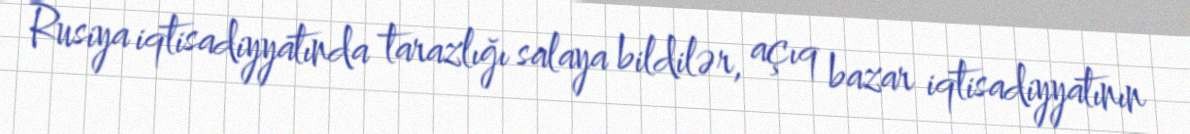
Rusiya iqtisadiyyatında tarazlığı salaya bildilər, açıq bazar iqtisadiyyatının